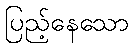
ပြည့်နေသော